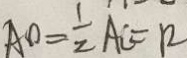
A O = \frac { 1 } { 2 } A C = R